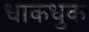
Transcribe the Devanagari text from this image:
धाकधुक